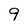
Character: 9